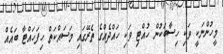
މީހުންނަކީ ވަކި ހިސާބަކުން ހުއްޓި ވަކި ހައްދެއްގެ ތެރޭގައި މަސައްކަތް ހިފަހައްޓާ ބައެއް